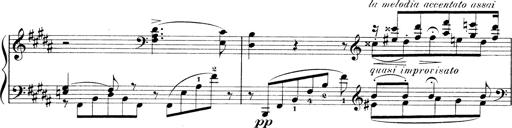
Title: 3 Ã‰tudes de concert
Composer: Franz Liszt